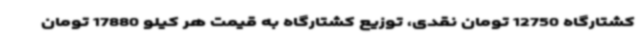
کشتارگاه 12750 تومان نقدی، توزیع کشتارگاه به قیمت هر کیلو 17880 تومان